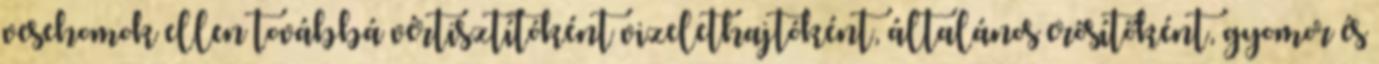
vesehomok ellen továbbá vértisztítóként vizelethajtóként, általános erősítőként, gyomor és